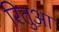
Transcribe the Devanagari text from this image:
रितुआ